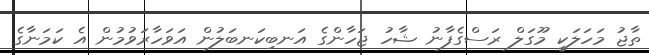
ތާޖު މަހަލަކީ މޫގަލް ރަސްގެފާނު ޝާހު ޖަހާންގެ އަނބިކަނބަލުން އަވަހާރަވުމުން އެ ކަމަނާގެ